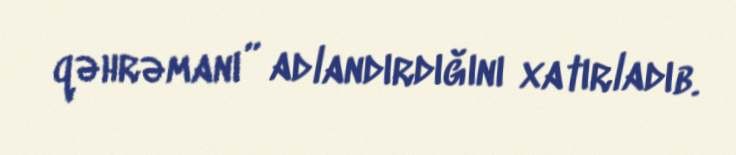
qəhrəmanı” adlandırdığını xatırladıb.